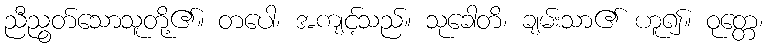
ညီညွတ်သောသူတို့၏။ တပေါ၊ အကျင့်သည်။ သုခေါတိ၊ ချမ်းသာ၏ ဟူ၍။ ဝုတ္တေ၊